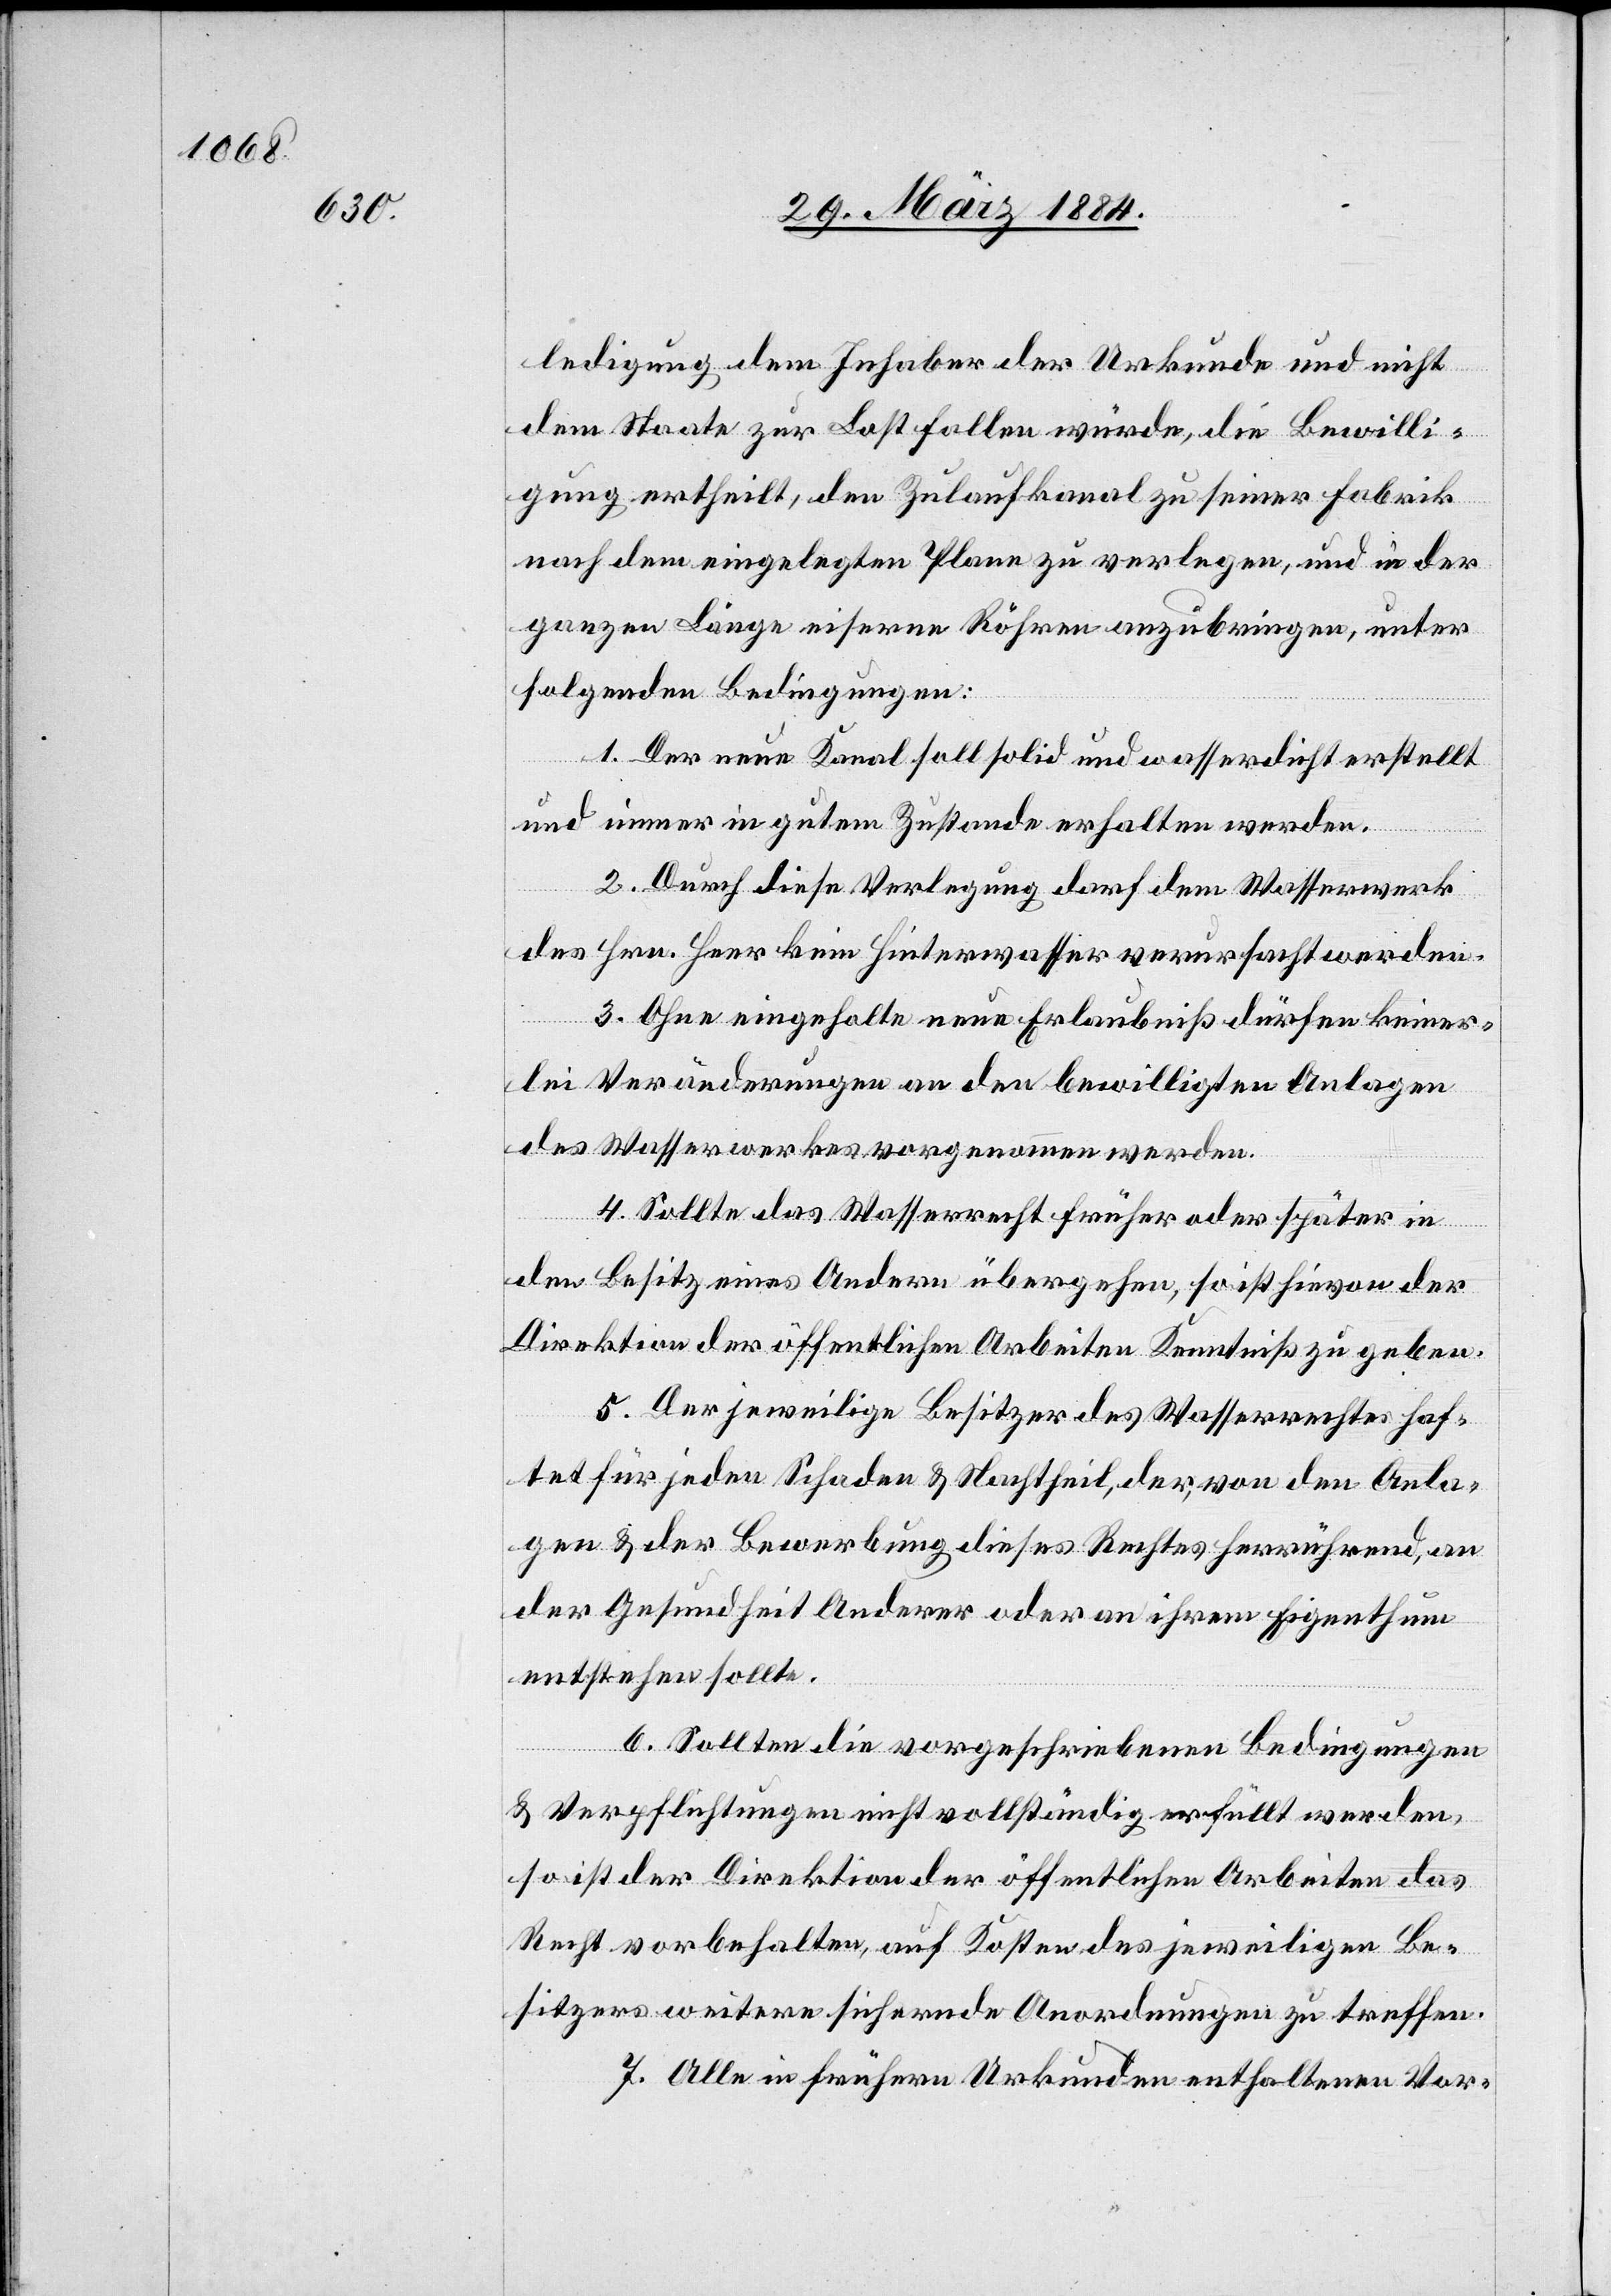
ledigung dem Inhaber der Urkunde und nicht
dem Staate zur Last fallen würde, die Bewilli¬
gung ertheilt, den Zulaufkanal zu seiner Fabrik
nach dem eingelegten Plane zu verlegen, und in der
ganzen Länge eiserne Röhren anzubringen, unter
folgenden Bedingungen:
1. Der neue Kanal soll solid und wasserdicht erstellt
und immer in gutem Zustande erhalten werden.
2. Durch diese Verlegung darf dem Wasserwerk
des Hrn. Heer kein Hinterwasser verursacht werden.
3. Ohne eingeholte neue Erlaubniß dürfen keiner¬
lei Veränderungen an den bewilligten Anlagen
des Wasserwerkes vorgenommen werden.
4. Sollte das Wasserrecht früher oder später in
den Besitz eines Andern übergehen, so ist hievon der
Direktion der öffentlichen Arbeiten Kenntniß zu geben.
5. Der jeweilige Besitzer des Wasserrechtes haf¬
tet für jeden Schaden & Nachtheil, der, von den Anla¬
gen & der Bewerbung dieses Rechtes herrührend, an
der Gesundheit Anderer oder an ihrem Eigenthum
entstehen sollte.
6. Sollten die vorgeschriebenen Bedingungen
& Verpflichtungen nicht vollständig erfüllt werden,
so ist der Direktion der öffentlichen Arbeiten das
Recht vorbehalten, auf Kosten des jeweiligen Be¬
sitzes weitere sichernde Anordnungen zu treffen.
7. Alle in frühern Urkunden enthaltenen Vor-